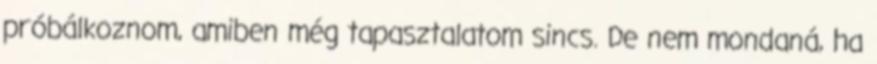
próbálkoznom, amiben még tapasztalatom sincs. De nem mondaná, ha